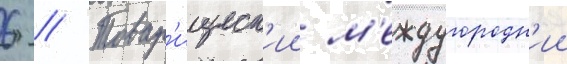
6 // Товар'ищеск'ии м'еждугородн'ии